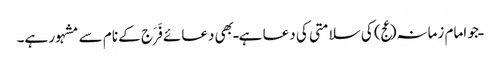
ـ جو امام زمانہ(عج) کی سلامتی کی دعا ہے ـ بھی دعائے فَرَج کے نام سے مشہور ہے۔